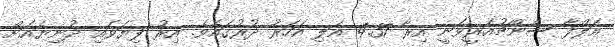
އަލްފާ ސެންޗުއަރީވަނީ އިރާ 4.37 އަލި އަހަރު ދުރުގައެވެ. އިރު ފިޔަވައި ދުނިޔެއަށް